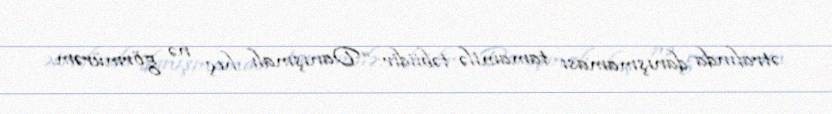
ətrafında danışmaması tamamilə təbiidir: “Danışmalı heç nə görmürəm.